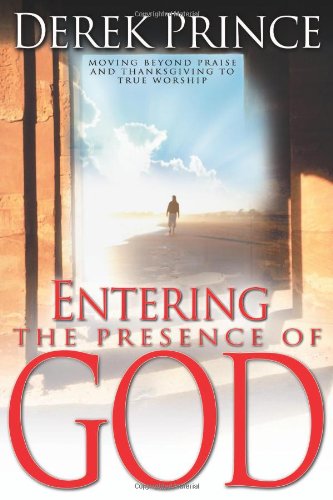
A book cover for Entering The Presence Of God; Derek Prince; Christian Books & Bibles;